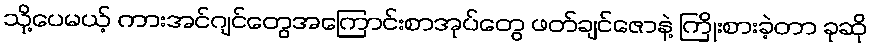
သို့ပေမယ့် ကားအင်ဂျင်တွေအကြောင်းစာအုပ်တွေ ဖတ်ချင်ဇောနဲ့ ကြိုးစားခဲ့တာ ခုဆို